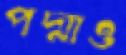
পদ্মাও